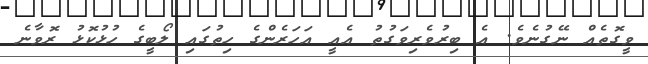
ވީގޮތެއް ނޭގުނެވެ. އެ ބިރުވެރިވަގުތު އެއީ އަހަރެންގެ ހިތުގައި ލޯބީގެ ހުޅުކޮޅު ރޮވާނެ